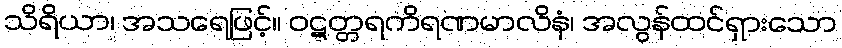
သိရိယာ၊ အသရေဖြင့်။ ဝဋ္ဋတ္တရကိရဏမာလိနံ၊ အလွန်ထင်ရှားသော